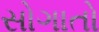
સોગાતો